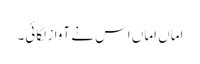
اماں اماں اس نے آواز لگائی۔